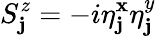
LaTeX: S_{\mathbf{j}}^{z}=-i\eta_{\mathbf{j}}^{\mathbf{x}}\eta_{\mathbf{j}}^{y}